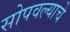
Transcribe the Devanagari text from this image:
सोपवल्याचे